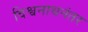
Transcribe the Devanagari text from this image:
विश्वनाथनंतर